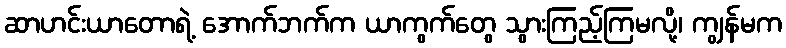
ဆာဟင်းယာတောရဲ့ အောက်ဘက်က ယာကွက်တွေ သွားကြည့်ကြမလို့၊ ကျွန်မက